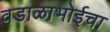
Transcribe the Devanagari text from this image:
वडाळाभोईचा